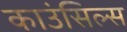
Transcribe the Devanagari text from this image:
काउंसिल्स